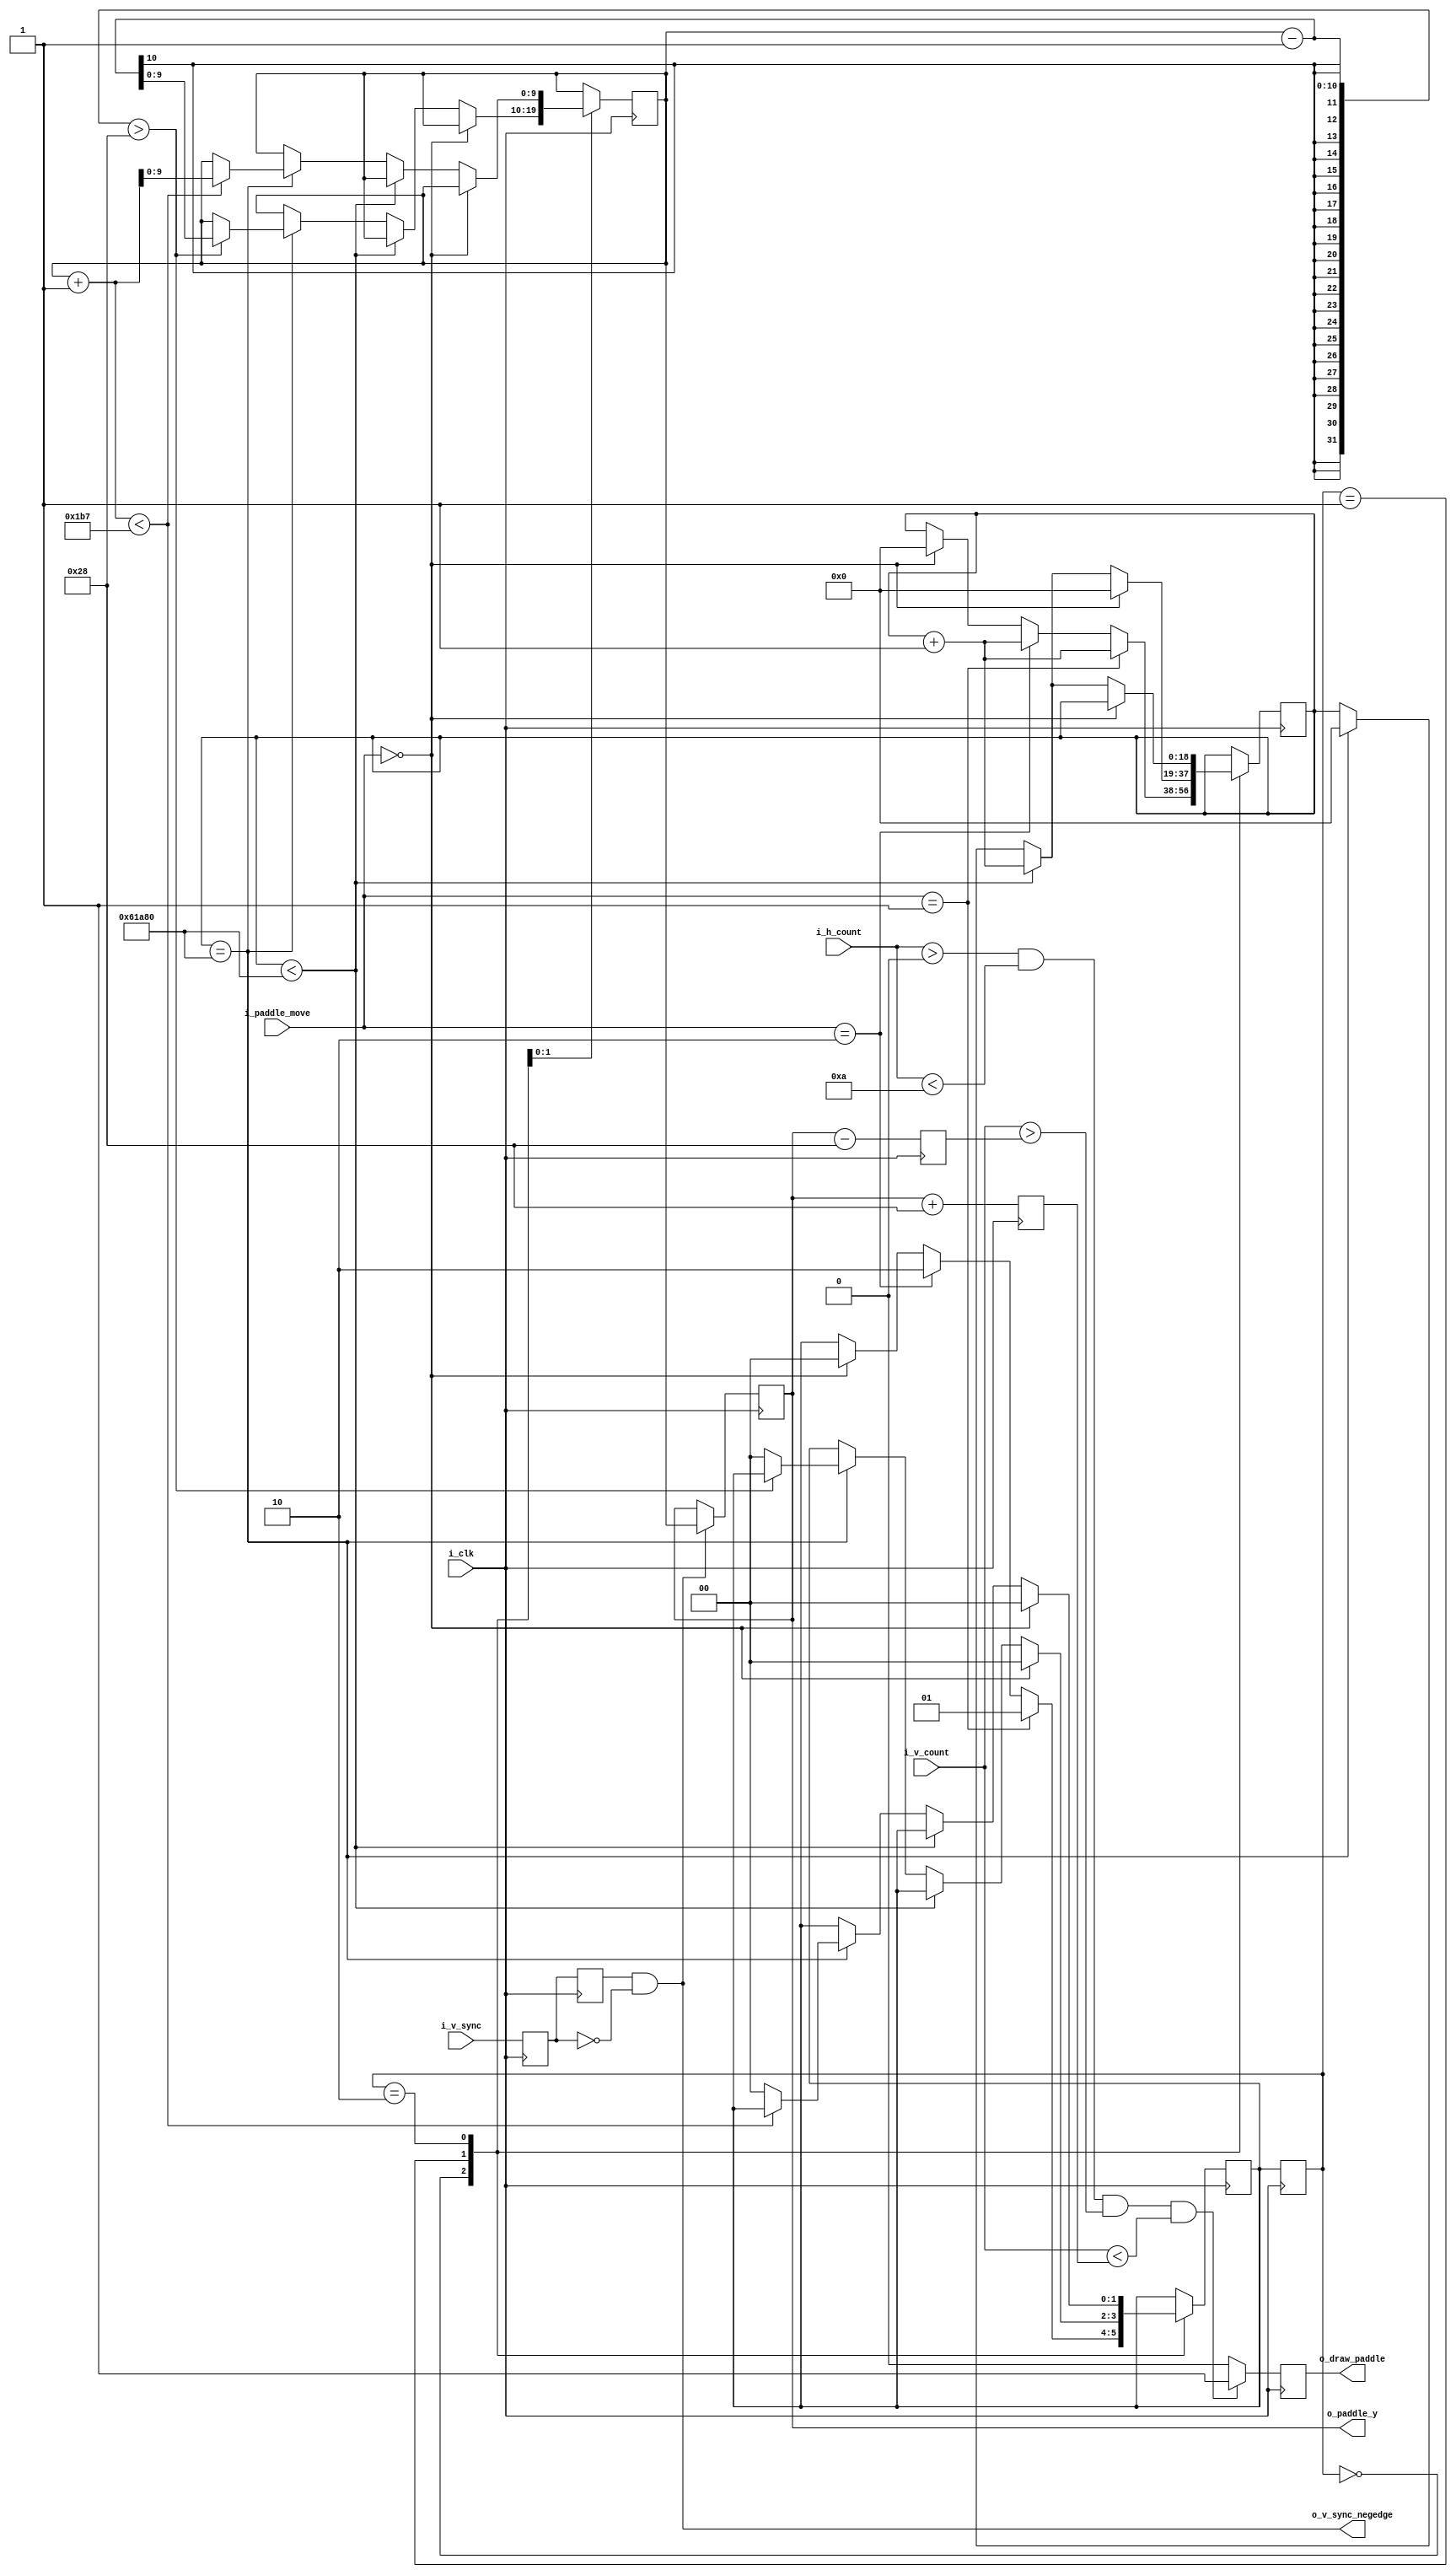
`timescale 1ns / 1ps
//////////////////////////////////////////////////////////////////////////////////
// Company: 
// Engineer: 
// 
// Design Name: 
// Module Name: paddle_control
// Project Name: 
// Target Devices: 
// Tool Versions: 
// Description: 
// 
// Dependencies: 
// 
// Revision:
// Revision 0.01 - File Created
// Additional Comments:
// 
//////////////////////////////////////////////////////////////////////////////////


module paddle_control(
	input i_clk,
	input [1:0] i_paddle_move,
	input [9:0] i_h_count,
	input [9:0] i_v_count,
	input i_v_sync,
	output reg [9:0] o_paddle_y = 240,
	output reg o_draw_paddle = 0,
	output o_v_sync_negedge
);



parameter PADDLE_WIDTH= 10;
parameter PADDLE_HEIGHT = 80;
parameter HALF_PADDLE = PADDLE_HEIGHT/2;
parameter PADDLE_X = 5;
parameter PADDLE_Y = 240;
parameter PADDLE_LEFT_EDGE = PADDLE_X - PADDLE_WIDTH / 2;
parameter PADDLE_RIGHT_EDGE = PADDLE_X + PADDLE_WIDTH / 2;
parameter STARTING_TOP_EDGE = PADDLE_Y - PADDLE_HEIGHT / 2;
parameter STARTING_BOTTOM_EDGE = PADDLE_Y + PADDLE_HEIGHT / 2;
parameter NOT_MOVING = 2'b00;
parameter MOVING_UP = 2'b01;
parameter MOVING_DOWN = 2'b10;
parameter SCREEN_HEIGHT = 479;

reg [1:0] r_current_state = NOT_MOVING, r_next_state = NOT_MOVING;
reg [9:0] r_intermediate_y = PADDLE_Y;
reg [18:0] r_movement_counter;
reg r_prev_sync, r_current_sync;
reg [9:0] r_paddle_top = PADDLE_Y - PADDLE_HEIGHT/2, r_paddle_bottom = PADDLE_Y + PADDLE_HEIGHT/2;

//find negative edge of v_sync


//state machine to handle movement of paddle
always @ (posedge i_clk)
begin
	r_current_state <= r_next_state;
	r_prev_sync <= r_current_sync;
	r_current_sync <= i_v_sync;	
end

assign o_v_sync_negedge = r_prev_sync && ~r_current_sync;

//next state logic
always @(posedge i_clk)
begin
	case (r_current_state)
		
		NOT_MOVING:
		begin
			if (i_paddle_move == MOVING_UP)
			begin
				r_next_state <= MOVING_UP;
				r_movement_counter <= r_movement_counter +1;
			end
			else if (i_paddle_move == MOVING_DOWN)
			begin
				r_next_state <= MOVING_DOWN;
				r_movement_counter <= r_movement_counter + 1;
			end
			else if (i_paddle_move == NOT_MOVING)
			begin
				r_next_state <= NOT_MOVING;
				r_movement_counter <= 0;
			end
		end
		
		MOVING_UP:
		begin
			if (i_paddle_move == NOT_MOVING)
			begin
				r_next_state <= NOT_MOVING;
				r_movement_counter <= 0;
            end
			else
			begin
				if (r_movement_counter < 400000)
				begin
					r_movement_counter <= r_movement_counter + 1;
				end
				else if (r_movement_counter == 400000)
				begin
				    if(r_intermediate_y - 1 > HALF_PADDLE)
				    begin
                        r_intermediate_y <= r_intermediate_y - 1;
                        r_movement_counter <= 0;
					end
					else
					begin
					   r_next_state <= NOT_MOVING;
					   r_movement_counter <= 0;
					end
				end
			end
		end
		
		MOVING_DOWN:
		begin
			if (i_paddle_move == NOT_MOVING)
				r_next_state <= NOT_MOVING;
			else
			begin
				if (r_movement_counter < 400000)
				begin
					r_movement_counter <= r_movement_counter + 1;
				end
				else if (r_movement_counter == 400000)
				begin
				    if (r_intermediate_y + 1 < SCREEN_HEIGHT - HALF_PADDLE)
				    begin
                        r_intermediate_y <= r_intermediate_y + 1;
                        r_movement_counter <= 0;
					end
                    else
                    begin
                        r_next_state <= NOT_MOVING;
                        r_movement_counter <= 0;
                    end
				end
			end
		end
		endcase
end

//movement logic to update position on each negative edge of the v_sync signal and output logic

always @(posedge i_clk)
begin
	r_paddle_top <= o_paddle_y - PADDLE_HEIGHT / 2;
	r_paddle_bottom <= o_paddle_y + PADDLE_HEIGHT / 2;
	if (o_v_sync_negedge)
	begin
		o_paddle_y <= r_intermediate_y;
	end
	if (i_h_count > PADDLE_LEFT_EDGE && i_h_count < PADDLE_RIGHT_EDGE && i_v_count > r_paddle_top && i_v_count < r_paddle_bottom)
	begin
		o_draw_paddle <= 1;
	end
	else
	begin
		o_draw_paddle <= 0;
	end
end



endmodule